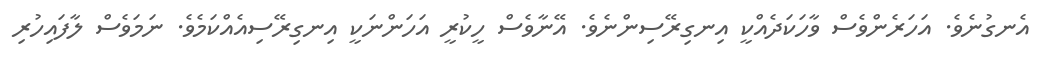
އެނގުނެވެ. އަހަރެންވެސް ވާހަކަދެއްކީ އިނގިރޭސިންނެވެ. އޭނާވެސް ހީކުރީ އަހަންނަކީ އިނގިރޭސިއެއްކަމެވެ. ނަމަވެސް ލާފައިހުރި